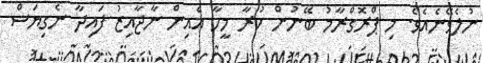
ނުލެވޭނެއެވެ. މި ޕްރޮގްރާމު ބޭނުން ކުރާ މީހާ އެއިން ނާޖާއިޒު ފައިދާ ނެގިޔަސް